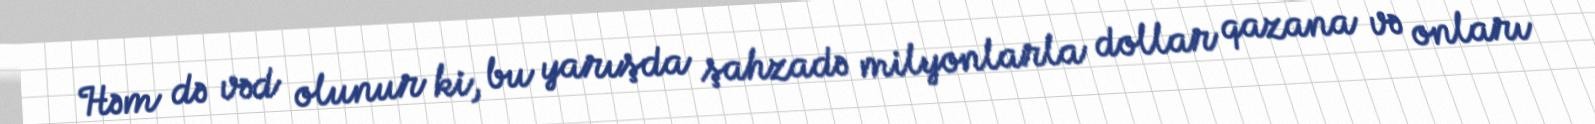
Həm də vəd olunur ki, bu yarışda şahzadə milyonlarla dollar qazana və onları